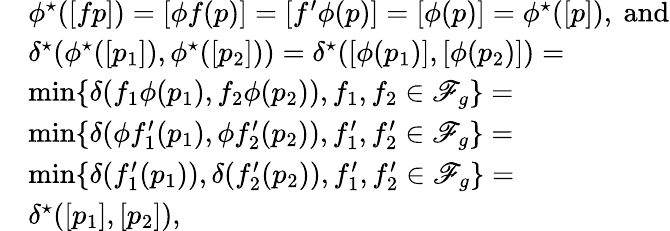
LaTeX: \begin{array}{rl}&{\phi^{\star}([fp])=[\phi f(p)]=[f^{\prime}\phi(p)]=[\phi(p)]=\phi^{\star}([p]),\mathrm{~and}}\\ &{\delta^{\star}(\phi^{\star}([p_{1}]),\phi^{\star}([p_{2}]))=\delta^{\star}([\phi(p_{1})],[\phi(p_{2})])=}\\ &{\operatorname*{min}\{ \delta(f_{1}\phi(p_{1}),f_{2}\phi(p_{2})),f_{1},f_{2}\in\mathscr{F}_{g}\} =}\\ &{\operatorname*{min}\{ \delta(\phi f_{1}^{\prime}(p_{1}),\phi f_{2}^{\prime}(p_{2})),f_{1}^{\prime},f_{2}^{\prime}\in\mathscr{F}_{g}\} =}\\ &{\operatorname*{min}\{ \delta(f_{1}^{\prime}(p_{1})),\delta(f_{2}^{\prime}(p_{2})),f_{1}^{\prime},f_{2}^{\prime}\in\mathscr{F}_{g}\} =}\\ &{\delta^{\star}([p_{1}],[p_{2}]),}\end{array}